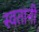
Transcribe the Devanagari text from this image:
स्वतानी